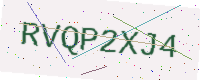
Text: RVQP2XJ4